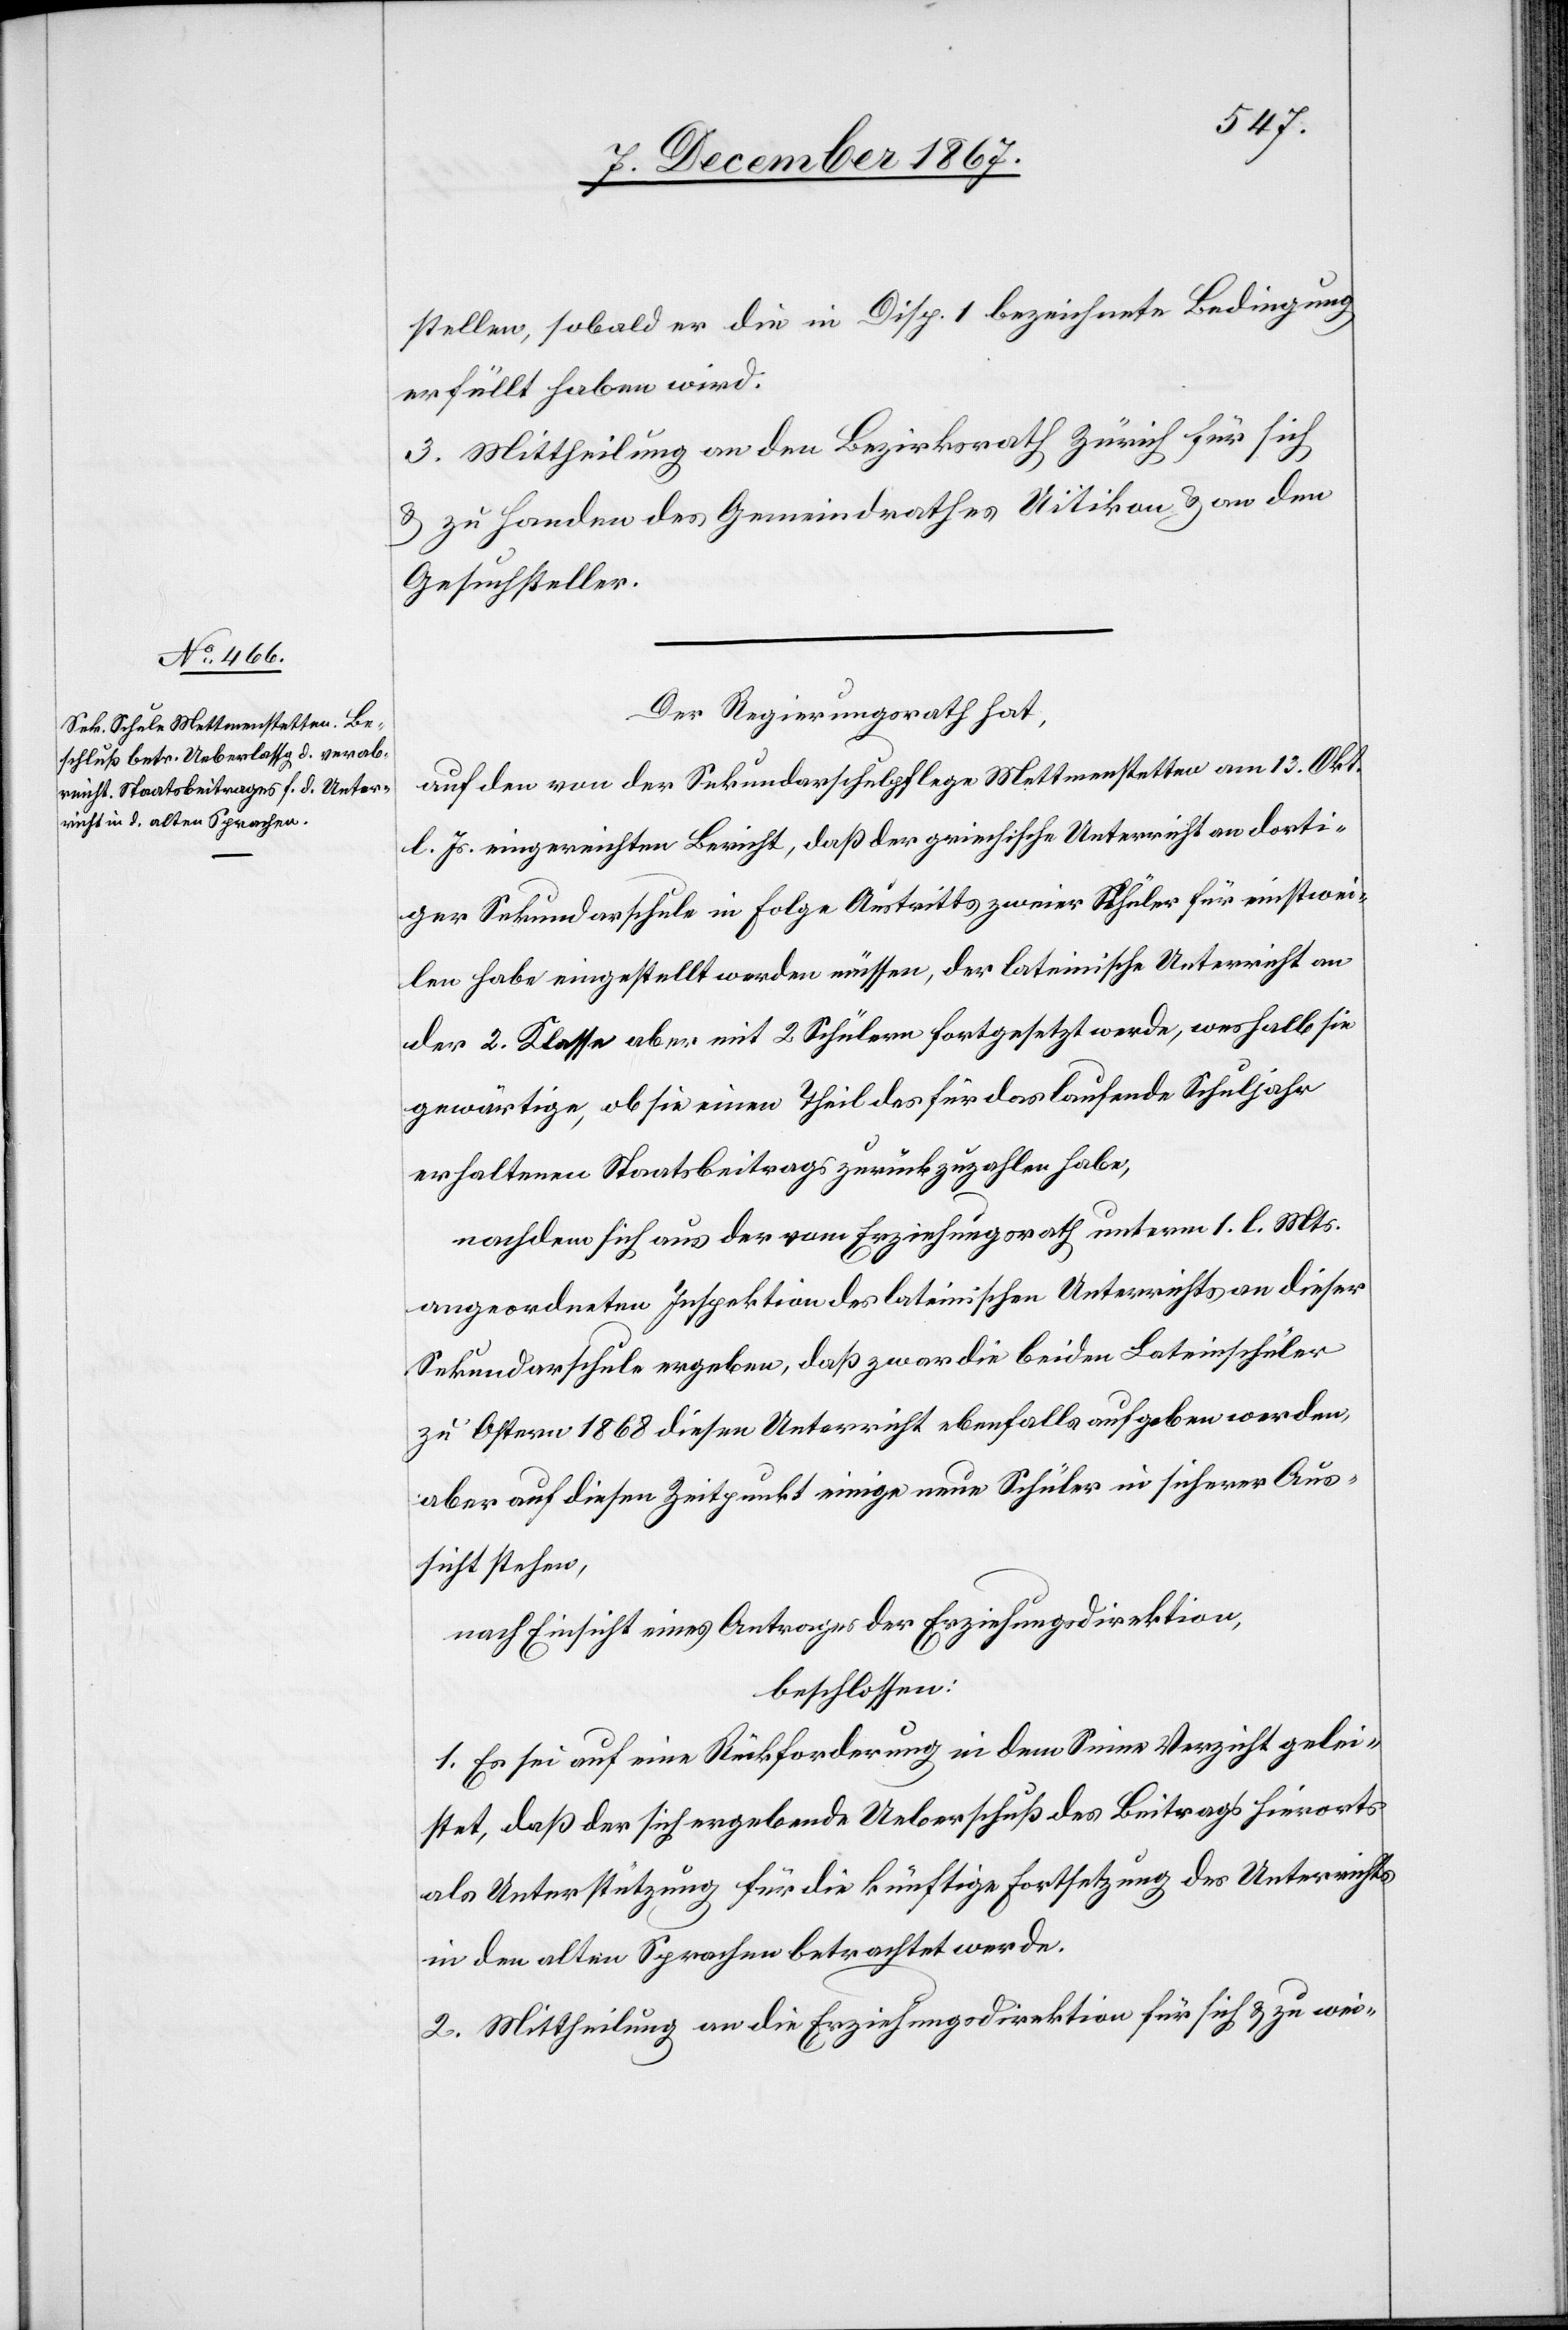
stellen, sobald er die in Disp. 1 bezeichnete Bedingung
erfüllt haben wird.
3. Mittheilung an den Bezirksrath Zürich für sich
u. zu Handen des Gemeindrathes Uitikon u. an den
Gesuchsteller.
Der Regierungsrath hat,
auf den von der Sekundarschulpflege Mettmenstetten am 13. Okt.
l. Js. eingereichten Bericht, daß der griechische Unterricht an dorti¬
ger Sekundarschule in Folge Austritts zweier Schüler für einstwei¬
len habe eingestellt werden müssen, der lateinische Unterricht an
der 2. Klasse aber mit 2 Schülern fortgesetzt werde, weshalb sie
gewärtige, ob sie einen Theil des für das laufende Schuljahr
erhaltenen Staatsbeitrags zurückzuzahlen habe,
nachdem sich aus der vom Erziehungsrathe unterm 1. l. Mts.
angeordneten Inspektion des lateinischen Unterrichts an dieser
Sekundarschule ergeben, daß zwar die beiden Lateinschüler
zu Ostern 1868 diesen Unterricht ebenfalls aufgeben werden,
aber auf diesen Zeitpunkt einige neue Schüler in sicherer Aus¬
sicht stehen,
nach Einsicht eines Antrages der Erziehungsdirektion,
beschlossen:
1. Es sei auf eine Rückforderung in dem Sinne Verzicht gelei¬
stet, daß der sich ergebende Ueberschuß des Beitrags hierorts
als Unterstützung für die künftige Fortsetzung des Unterrichts
in den alten Sprachen betrachtet werde.
2. Mittheilung an die Erziehungsdirektion für sich u. zu wei-